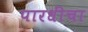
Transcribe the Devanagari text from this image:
पारधींचा